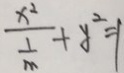
\frac { x ^ { 2 } } { \frac { 1 } { m } } + y ^ { 2 } = 1